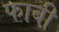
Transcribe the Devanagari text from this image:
फाबी